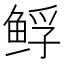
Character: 𱇲